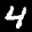
Label: 4